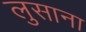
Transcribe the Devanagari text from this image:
लुसाना